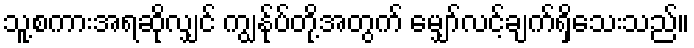
သူ့စကားအရဆိုလျှင် ကျွန်ုပ်တို့အတွက် မျှော်လင့်ချက်ရှိသေးသည်။